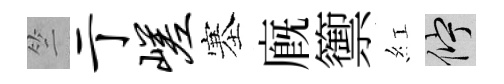
竺亍嵯塞廐籞紅伫